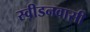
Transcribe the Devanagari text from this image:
स्वीडनवासी